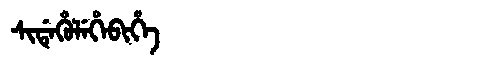
Manchu: ᠰᡳᡩᡝᡥᡠᠯᡝᡥᡝᠪᡳᡥᡝ
Romanization: SIDEHULEHEBIHE